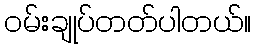
၀မ်းချုပ်တတ်ပါတယ်။